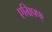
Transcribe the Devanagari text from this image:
एग्रिफ्फ्